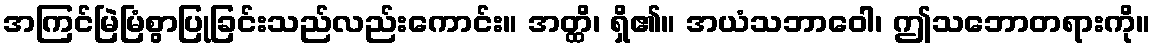
အကြင်မြဲမြံစွာပြုခြင်းသည်လည်းကောင်း။ အတ္ထိ၊ ရှိ၏။ အယံသဘာဝေါ၊ ဤသဘောတရားကို။